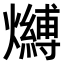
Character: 𤒔